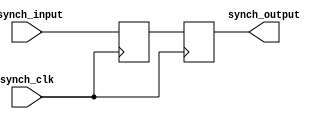
`timescale 1ns / 1ps

// synchronize a signal to local clock domain

module synchronizer(
    input asynch_input,
    input synch_clk,
    output synch_output
    );

reg synch_a;
reg synch_b;

assign synch_output = synch_b;

always @(negedge synch_clk) begin
	synch_b <= synch_a;
end

always @(posedge synch_clk) begin
   synch_a <= asynch_input;
end


endmodule